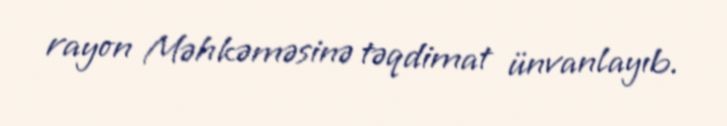
rayon Məhkəməsinə təqdimat ünvanlayıb.